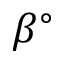
\beta ^ { \circ }